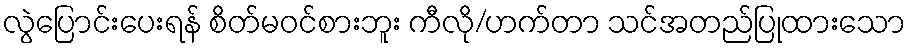
လွဲပြောင်းပေးရန် စိတ်မဝင်စားဘူး ကီလို/ဟက်တာ သင်အတည်ပြုထားသော